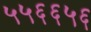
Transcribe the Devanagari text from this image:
५५६६५६